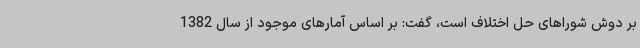
بر دوش شوراهای حل اختلاف است، گفت: بر اساس آمارهای موجود از سال 1382